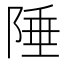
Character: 陲